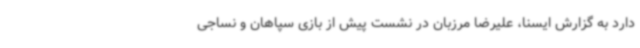
دارد به گزارش ایسنا، علیرضا مرزبان در نشست پیش از بازی سپاهان و نساجی